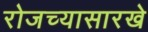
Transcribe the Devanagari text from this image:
रोजच्यासारखे